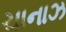
ચાનાઝ